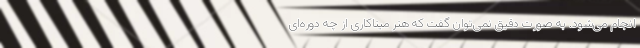
انجام می‌شود. به صورت دقیق نمی‌توان گفت که هنر میناکاری از چه دوره‌ای